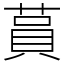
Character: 蒷